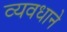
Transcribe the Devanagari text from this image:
व्यवधाने